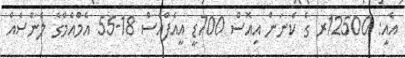
އެއީ: 12500ރ ގެ ކެނަން އިއޮސް 700ޑީ އީއެފްއެސް 18-55 އެމްއެމްގެ ލެންސެއް